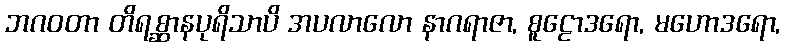
ဘဂဝတာ တိရစ္ဆာနပုရိသာပိ အပလာလော နာဂရာဇာ, စူဠောဒရော, မဟောဒရော,